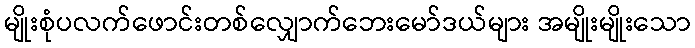
မျိုးစုံပလက်ဖောင်းတစ်လျှောက်ဘေးမော်ဒယ်များ အမျိုးမျိုးသော